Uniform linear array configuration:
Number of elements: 24
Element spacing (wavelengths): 1
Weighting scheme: kaiser
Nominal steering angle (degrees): -45
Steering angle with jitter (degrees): -46.083
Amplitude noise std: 0.05
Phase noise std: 0.05

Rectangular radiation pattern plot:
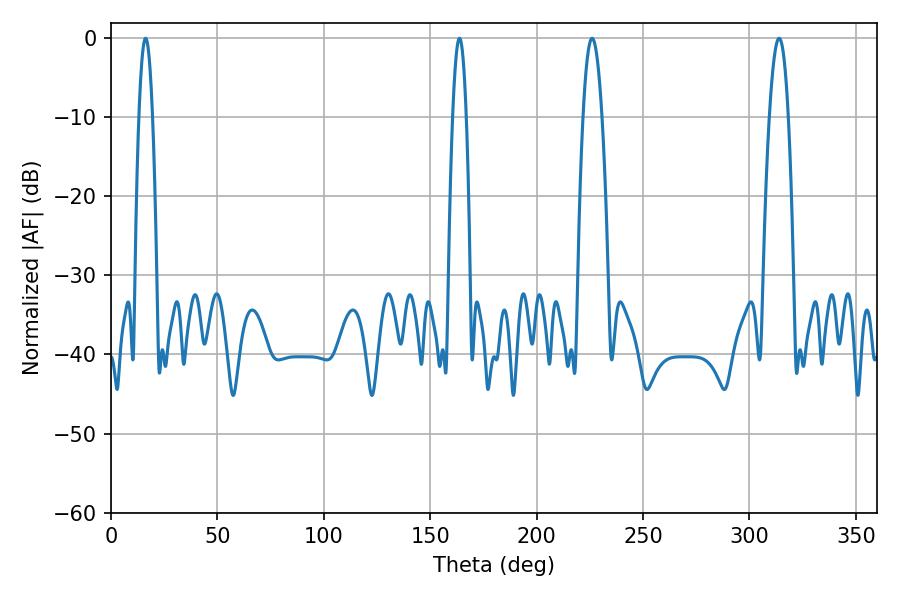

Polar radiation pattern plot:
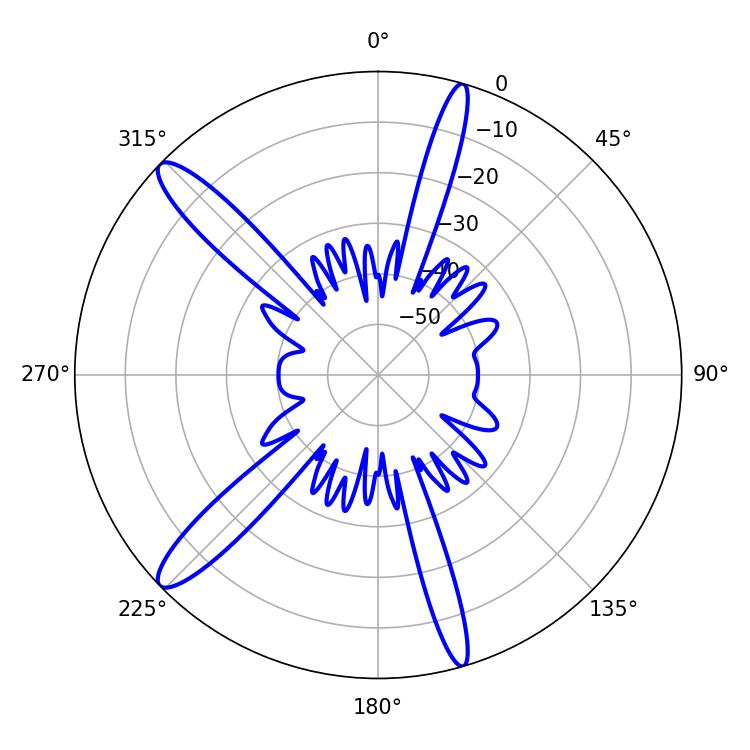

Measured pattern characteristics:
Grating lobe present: TRUE
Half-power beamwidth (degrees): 4.86
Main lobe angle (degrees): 313.92